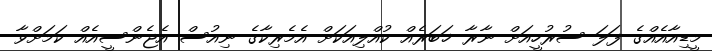
މީޑިއާއެއްގެ ފަލަ ސުރުހީއަށް ނާރާ ޚަބަރެއް ކުއްލިއަކަށް އެމެރިކާގެ ނިއުސް އެޖެންސީއެއް ކަމަށްވާ